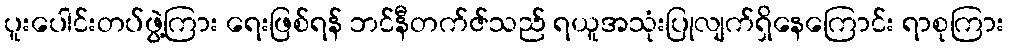
ပူးပေါင်းတပ်ဖွဲ့ကြား ရေးဖြစ်ရန် ဘင်နီတက်ဇ်သည် ရယူအသုံးပြုလျက်ရှိနေကြောင်း ရာစုကြား